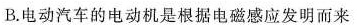
B.电动汽车的电动机是根据电磁感应发明而来